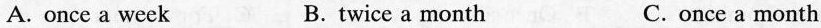
A. once a week B. twice a month C. once a month